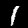
Digit: 1